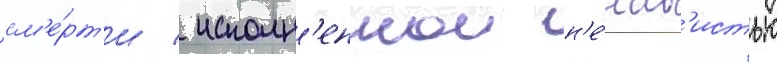
см'е́рт'и / исполн'еннои н'е́нав'истью